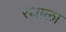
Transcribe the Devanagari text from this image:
रथाला